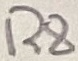
Text: R8